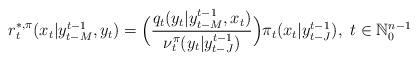
LaTeX: \begin{align*}r^{*,\pi}_t(x_t|y^{t-1}_{t-M},y_t)=\Big(\frac{q_t(y_t|y^{t-1}_{t-M},x_t)}{\nu^{\pi}_{t}(y_t|y^{t-1}_{t-J})}\Big){\pi}_{t}(x_t|y^{t-1}_{t-J}),~t\in\mathbb{N}_0^{n-1}\end{align*}